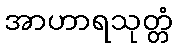
အာဟာရသုတ္တံ